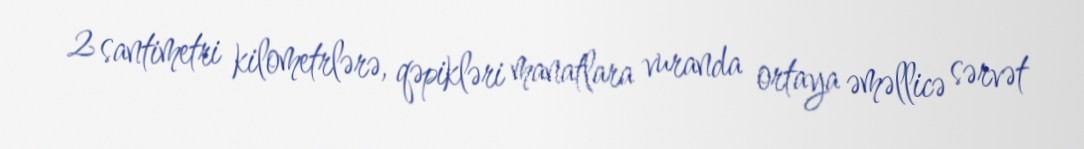
2 santimetri kilometrlərə, qəpikləri manatlara vuranda ortaya əməllicə sərvət